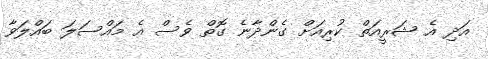
އަދި އެ ޝަރީއަތް ކުރިއަށް ގެންދާނެ ގޮތް ވެސް އެ މައްސަލަ ބައްލަވާ